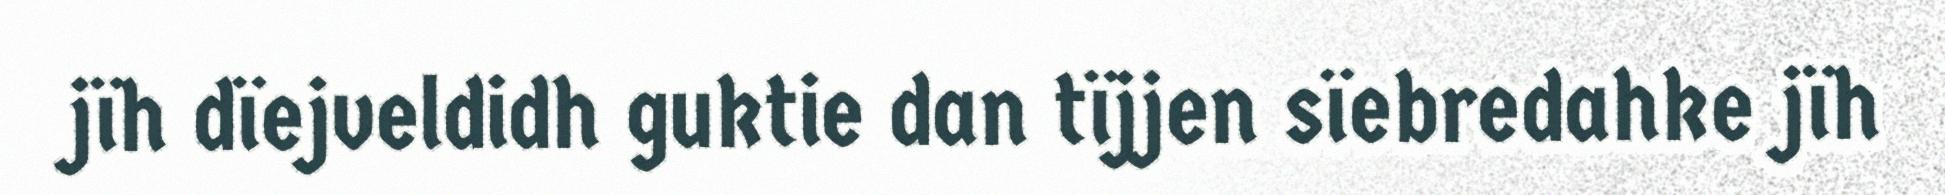
jïh dïejveldidh guktie dan tïjjen sïebredahke jïh